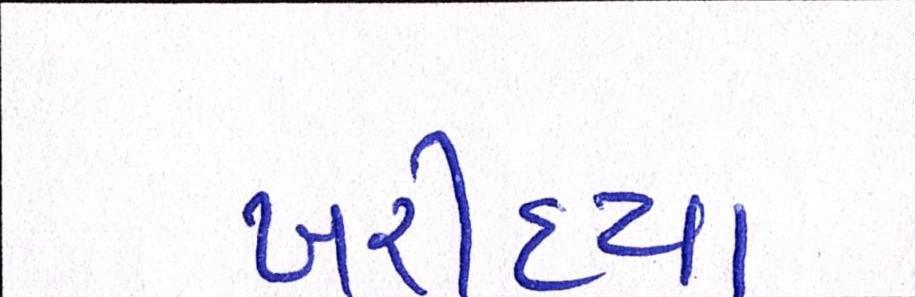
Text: ખરીદ્યા